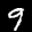
Label: 9